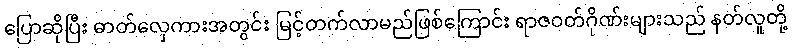
ပြောဆိုပြီး ဓာတ်လှေကားအတွင်း မြင့်တက်လာမည်ဖြစ်ကြောင်း ရာဇဝတ်ဂိုဏ်းများသည် နတ်လူတို့